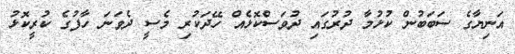
އަނިޔާގެ ސަބަބުން ކުޅުމާ ދުރުގައި ދުވަސްކޮޅެއް ހޭދަކުރި މެސީ ދެވަނަ ހާފުގެ ކުރީކޮޅު